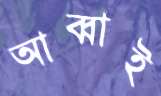
আব্বাই